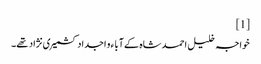
[1]
خواجہ خلیل احمد شاہ کے آبا ء و اجداد کشمیری نژاد تھے۔